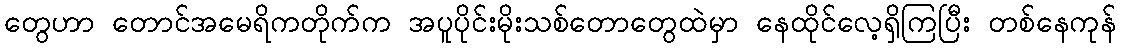
တွေဟာ တောင်အမေရိကတိုက်က အပူပိုင်းမိုးသစ်တောတွေထဲမှာ နေထိုင်လေ့ရှိကြပြီး တစ်နေကုန်